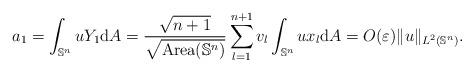
LaTeX: \begin{align*}a_1=\int_{\mathbb{S}^n} uY_1 \mathrm{d}A = \dfrac{\sqrt{n+1}}{\sqrt{\mathrm{Area}(\mathbb{S}^n)}} \sum\limits_{l=1}^{n+1} v_l \int_{\mathbb{S}^n} ux_l \mathrm{d}A = O(\varepsilon) \|u\|_{L^2(\mathbb{S}^n)}.\end{align*}